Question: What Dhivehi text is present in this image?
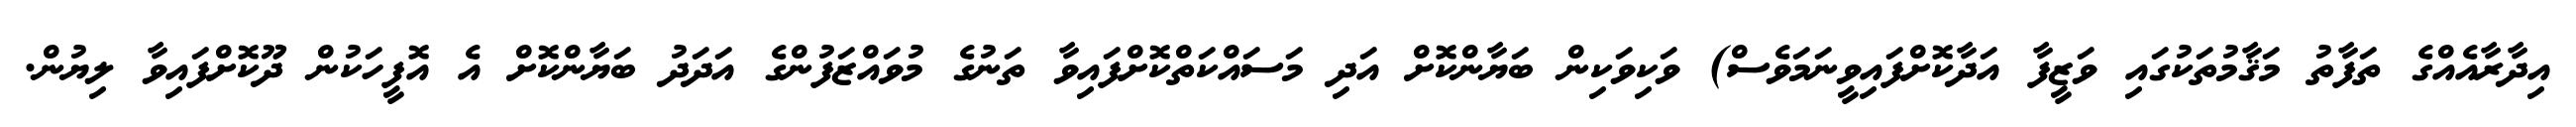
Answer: އިދާރާއެއްގެ ތަފާތު މަޤާމުތަކުގައި ވަޒީފާ އަދާކޮށްފައިވީނަމަވެސް) ވަކިވަކިން ބަޔާންކޮށް އަދި މަސައްކަތްކޮށްފައިވާ ތަނުގެ މުވައްޒަފުންގެ އަދަދު ބަޔާންކޮށް އެ އޮފީހަކުން ދޫކޮށްފައިވާ ލިޔުން.